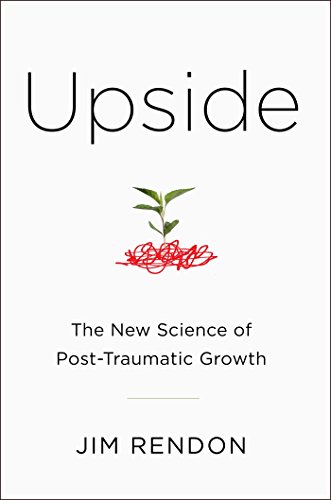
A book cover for Upside: The New Science of Post-Traumatic Growth; Jim Rendon; Self-Help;